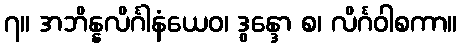
၇။ အဘိန္နလိင်္ဂါနံယေဝ၊ ဒွန္ဒော စ၊ လိင်္ဂဝါစကာ။